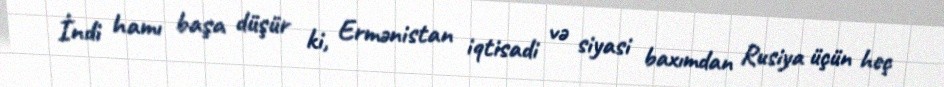
İndi hamı başa düşür ki, Ermənistan iqtisadi və siyasi baxımdan Rusiya üçün heç